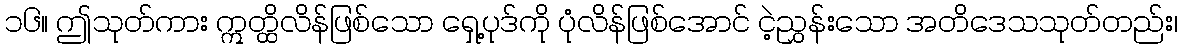
၁၆။ ဤသုတ်ကား ဣတ္ထိလိန်ဖြစ်သော ရှေ့ပုဒ်ကို ပုံလိန်ဖြစ်အောင် ငဲ့ညွှန်းသော အတိဒေသသုတ်တည်း၊